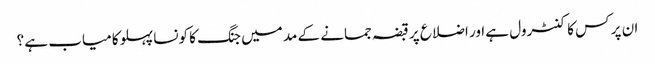
ان پر کس کا کنٹرول ہے اور اضلاع پر قبضہ جمانے کے مد میں جنگ کا کونسا پہلو کامیاب ہے ؟